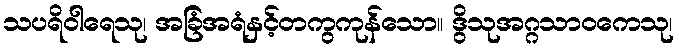
သပရိဝါရေသု၊ အခြံအရံနှင့်တကွကုန်သော။ ဒွိသုအဂ္ဂသာဝကေသု၊